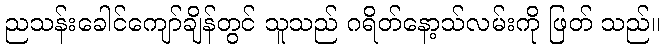
ညသန်းခေါင်ကျော်ချိန်တွင် သူသည် ဂရိတ်နော့သ်လမ်းကို ဖြတ် သည်။